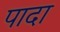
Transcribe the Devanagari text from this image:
पादा